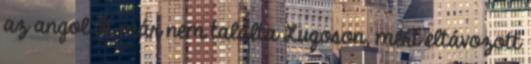
az angol őt már nem találta Lugoson, mert eltávozott